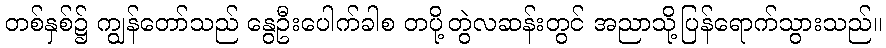
တစ်နှစ်၌ ကျွန်တော်သည် နွေဦးပေါက်ခါစ တပို့တွဲလဆန်းတွင် အညာသို့ပြန်ရောက်သွားသည်။